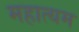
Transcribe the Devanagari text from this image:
महात्यम